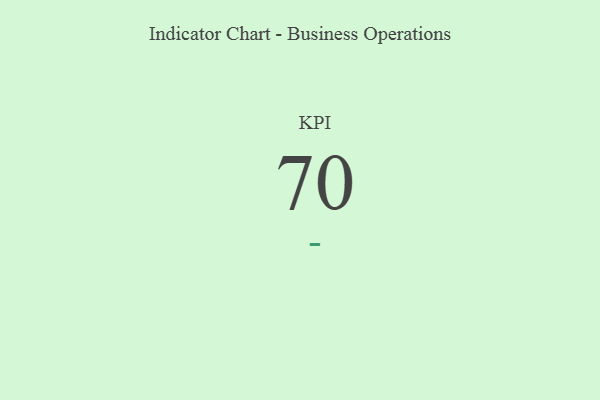
{"axis": {"x": "KPI", "y": "Value"}, "legend": [""], "data": [{"x": "KPI", "y": 70, "type": ""}]}